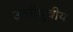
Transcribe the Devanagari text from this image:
उत्तरीध्रुवीय